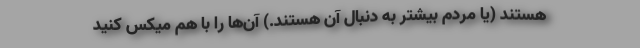
هستند (یا مردم بیشتر به دنبال آن هستند.) آن‌ها را با هم میکس کنید